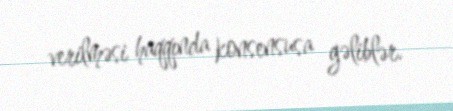
verilməsi haqqında konsensusa gəliblər.